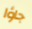
جاؤا